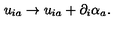
u _ { i a } \rightarrow u _ { i a } + \partial _ { i } \alpha _ { a } .